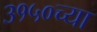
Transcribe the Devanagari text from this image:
३१५०च्या